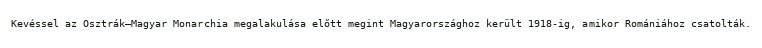
Kevéssel az Osztrák–Magyar Monarchia megalakulása előtt megint Magyarországhoz került 1918-ig, amikor Romániához csatolták.